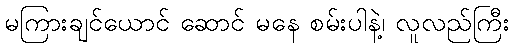
မကြားချင်ယောင် ဆောင် မနေ စမ်းပါနဲ့၊ လူလည်ကြီး